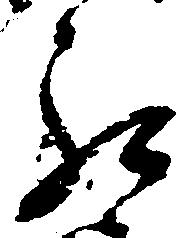
罷